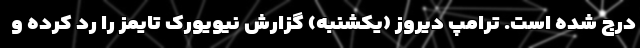
درج شده است. ترامپ دیروز (یکشنبه) گزارش نیویورک تایمز را رد کرده و